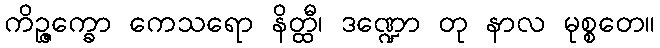
ကိဉ္ဇက္ခော ကေသရော နိတ္ထီ၊ ဒဏ္ဍော တု နာလ မုစ္စတေ။